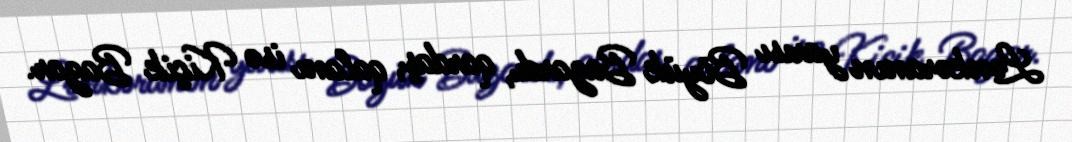
Lənkəranın yarısı Böyük Bazardı, qardaş, qalanı isə Kiçik Bazar.